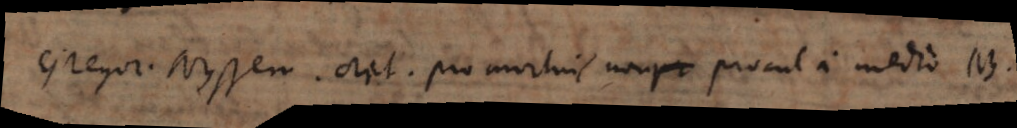
Gregor. Nyssen. orat. pro mortuis, non procul a medio. NB.